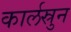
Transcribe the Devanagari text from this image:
कार्लस्रुन